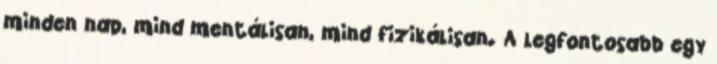
minden nap, mind mentálisan, mind fizikálisan. A legfontosabb egy